Papers set at the Examination for Leaving Certificates, 1895
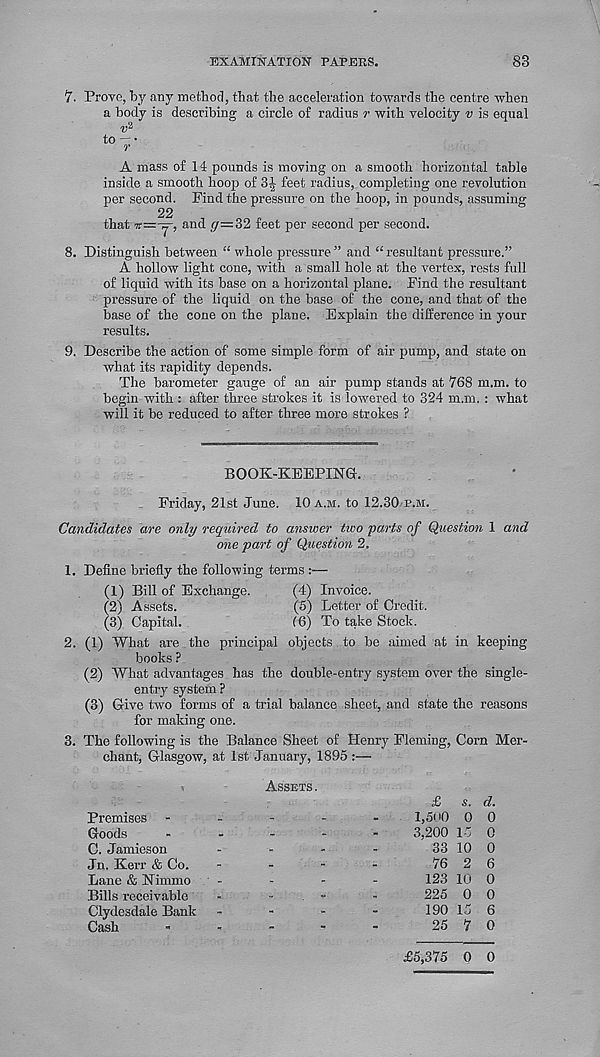
EXAMINATION PAPERS.
83
l 7. Prove, by any method, that the acceleration towards the centre when
a body is describing a circle of radius »• with velocity v is equal
A mass of 14 pounds is moving on a smooth horizontal table
inside a smooth hoop of 3^ feet radius, completing one revolution
per second. Find the pressure on the hoop, in pounds, assuming
22
that ^=-7-, and g=3‘2i feet per second per second.
8. Distinguish between “ whole pressure ” and “ resultant pressure.”
A hollow light cone, with a small hole at the vertex, rests full
of liquid with its base on a horizontal plane. Find the resultant
pressure of the liquid on the base of the cone, and that of the
base of the cone on the plane. Explain the difference in your
results.
9. Describe the action of some simple form of air pump, and state on
what its rapidity depends.
The barometer gauge of an air pump stands at 768 m.m. to
begin with : after three strokes it is lowered to 324 m.m. : what
will it be reduced to after three more strokes ?
BOOK-KEEPING.
Friday, 21st June. 10 a.m. to 12.30 p.m.
Candidates are only required to answer two parts of Question 1 and
one part of Question 2.
1. Define briefly the following terms :—
(4) Invoice.
(5) Letter of Credit.
(6) To take Stock.
(1) Bill of Exchange.
(2) Assets.
(3) Capital.
2. (1) What are the principal objects to be aimed at in keeping
books ?
(2) What advantages has the double-entry system over the single-
entry system ?
(3) Give two forms of a trial balance sheet, and state the reasons
for making one.
3. The following is the Balance Sheet of Henry Fleming, Corn Mer-
chant, Glasgow, at 1st January, 1895 :—
Assets.
£ s. d.
0
0
0
6
0
0
6
0
Premises
Goods
C. Jamieson
1,500
3,200
33
76
123
225
190
25
0
1"
10
2
10
0
15
7
Jn. Kerr & Co.
Lane & Nimmo
Bills receivable
Clydesdale Bank
Cash
£5,375 0 0